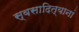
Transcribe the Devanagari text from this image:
स्वसादित्यानां